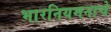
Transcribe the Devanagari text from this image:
भारनियमनाचे